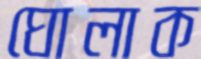
ঘোলাক